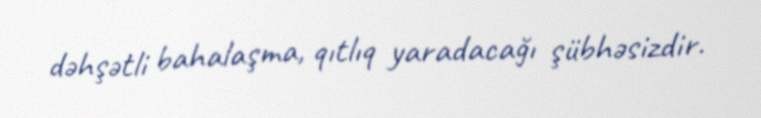
dəhşətli bahalaşma, qıtlıq yaradacağı şübhəsizdir.